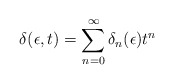
\begin{align*}\delta (\epsilon, t) = \sum_{n = 0}^\infty \delta_n (\epsilon) t^n\end{align*}